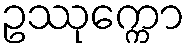
ဥဿုက္ကော